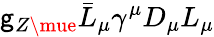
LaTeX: \mathsf{g}_{Z\mue}\bar{{L}}_{\mu}\gamma^{\mu}D_{\mu}L_{\mu}